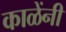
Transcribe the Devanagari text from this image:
काळेंनी